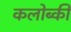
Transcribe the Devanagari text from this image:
कलोब्की